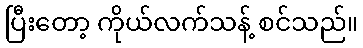
ပြီးတော့ ကိုယ်လက်သန့် စင်သည်။